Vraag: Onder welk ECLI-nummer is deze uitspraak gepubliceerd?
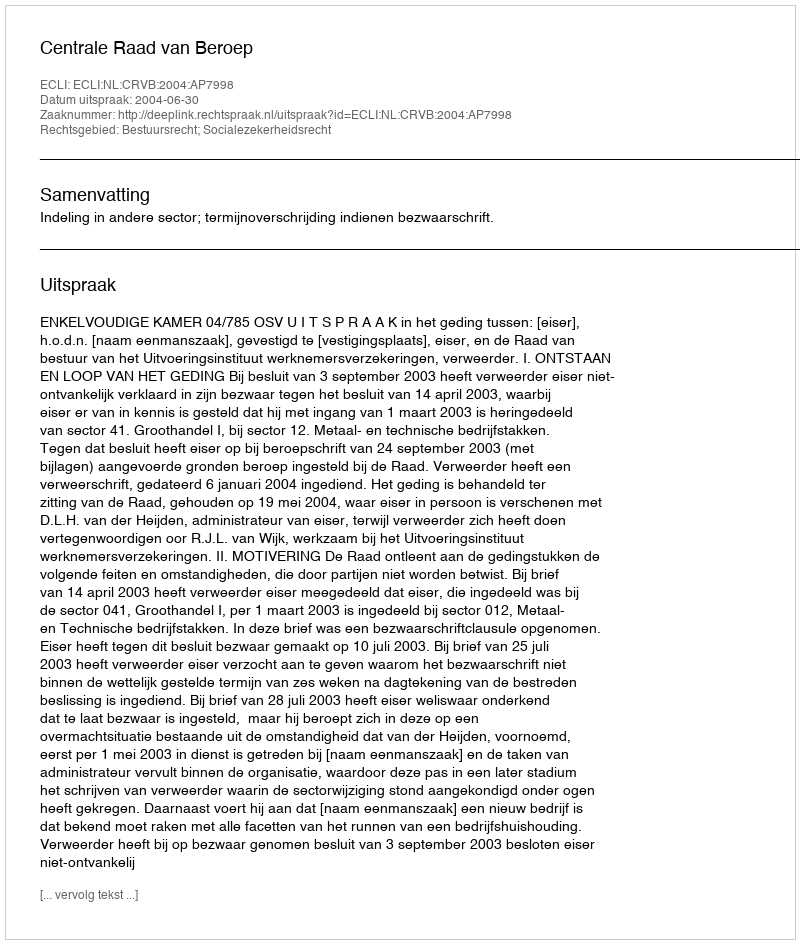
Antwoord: ECLI:NL:CRVB:2004:AP7998